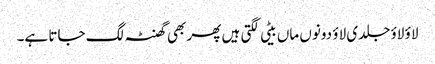
لاؤ لاؤ جلدی لاؤ دونوں ماں بیٹی لگتی ہیں پھر بھی گھنٹہ لگ جاتا ہے۔